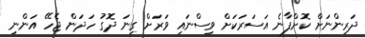
ދަރިންނަށް ކޮށްފާނެ އަސަރަކަށް ވިސްނައި ވަރަށް ގިނަ ދޮގު ހަދަން ޖެހޭ އަންނި